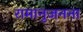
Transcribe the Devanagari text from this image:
रामानुजनना